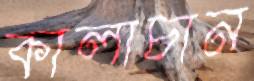
কালাচান